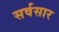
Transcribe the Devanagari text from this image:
सर्वसार